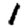
Digit: 1